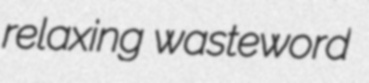
relaxing wasteword